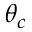
\theta _ { c }